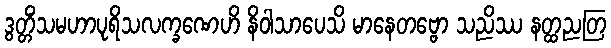
ဒွတ္တိံသမဟာပုရိသလက္ခဏေဟိ နိဝါသာပေသိ မာနေတဗ္ဗော သညိဿ နတ္ထညတြ